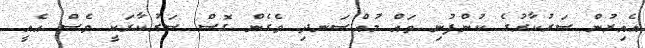
އެއިރުން ސަރުކާރުގެ ކުންފުނި ތައް މުއްސަނދި ވެގެން ގޮސް ސަރުކާރަކީ ވެސް އެއީ